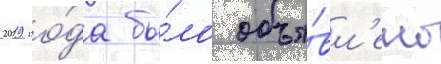
2019 го́да бы́ло объя́вл'ено